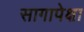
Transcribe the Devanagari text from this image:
सागापेक्षा